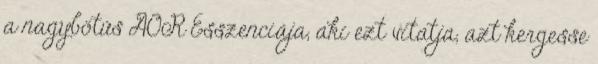
a nagybötűs AOR Esszenciája, aki ezt vitatja, azt kergesse